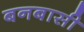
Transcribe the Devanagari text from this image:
बनबासी